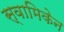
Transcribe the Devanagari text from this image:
स्वामिकेन